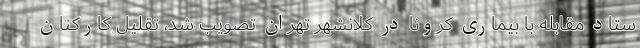
ستاد مقابله با بیماری کرونا در کلانشهر تهران تصویب شد، تقلیل کارکنان